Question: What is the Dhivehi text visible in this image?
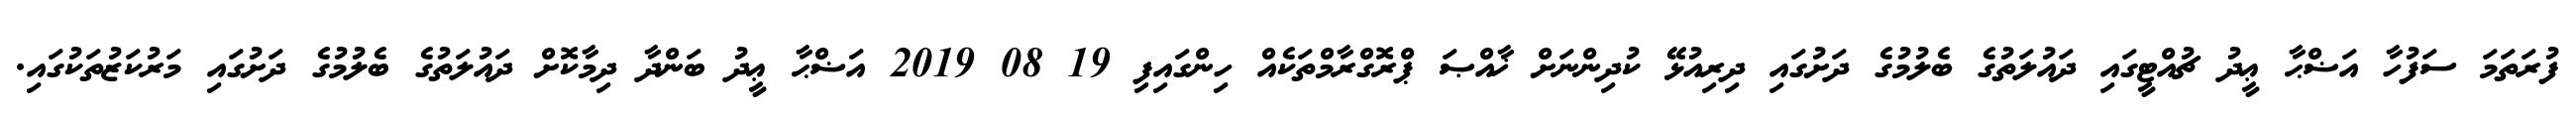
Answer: ފުރަތަމަ ސަފުހާ އަޟްޙާ ޢީދު ޗުއްޓީގައި ދައުލަތުގެ ބެލުމުގެ ދަށުގައި ދިރިއުޅޭ ކުދިންނަށް ޚާއްޞަ ޕްރޮގްރާމްތަކެއް ހިންގައިފި 19 08 2019 އަޟްޙާ ޢީދު ބަންދާ ދިމާކޮށް ދައުލަތުގެ ބެލުމުގެ ދަށުގައި މަރުކަޒުތަކުގައި.